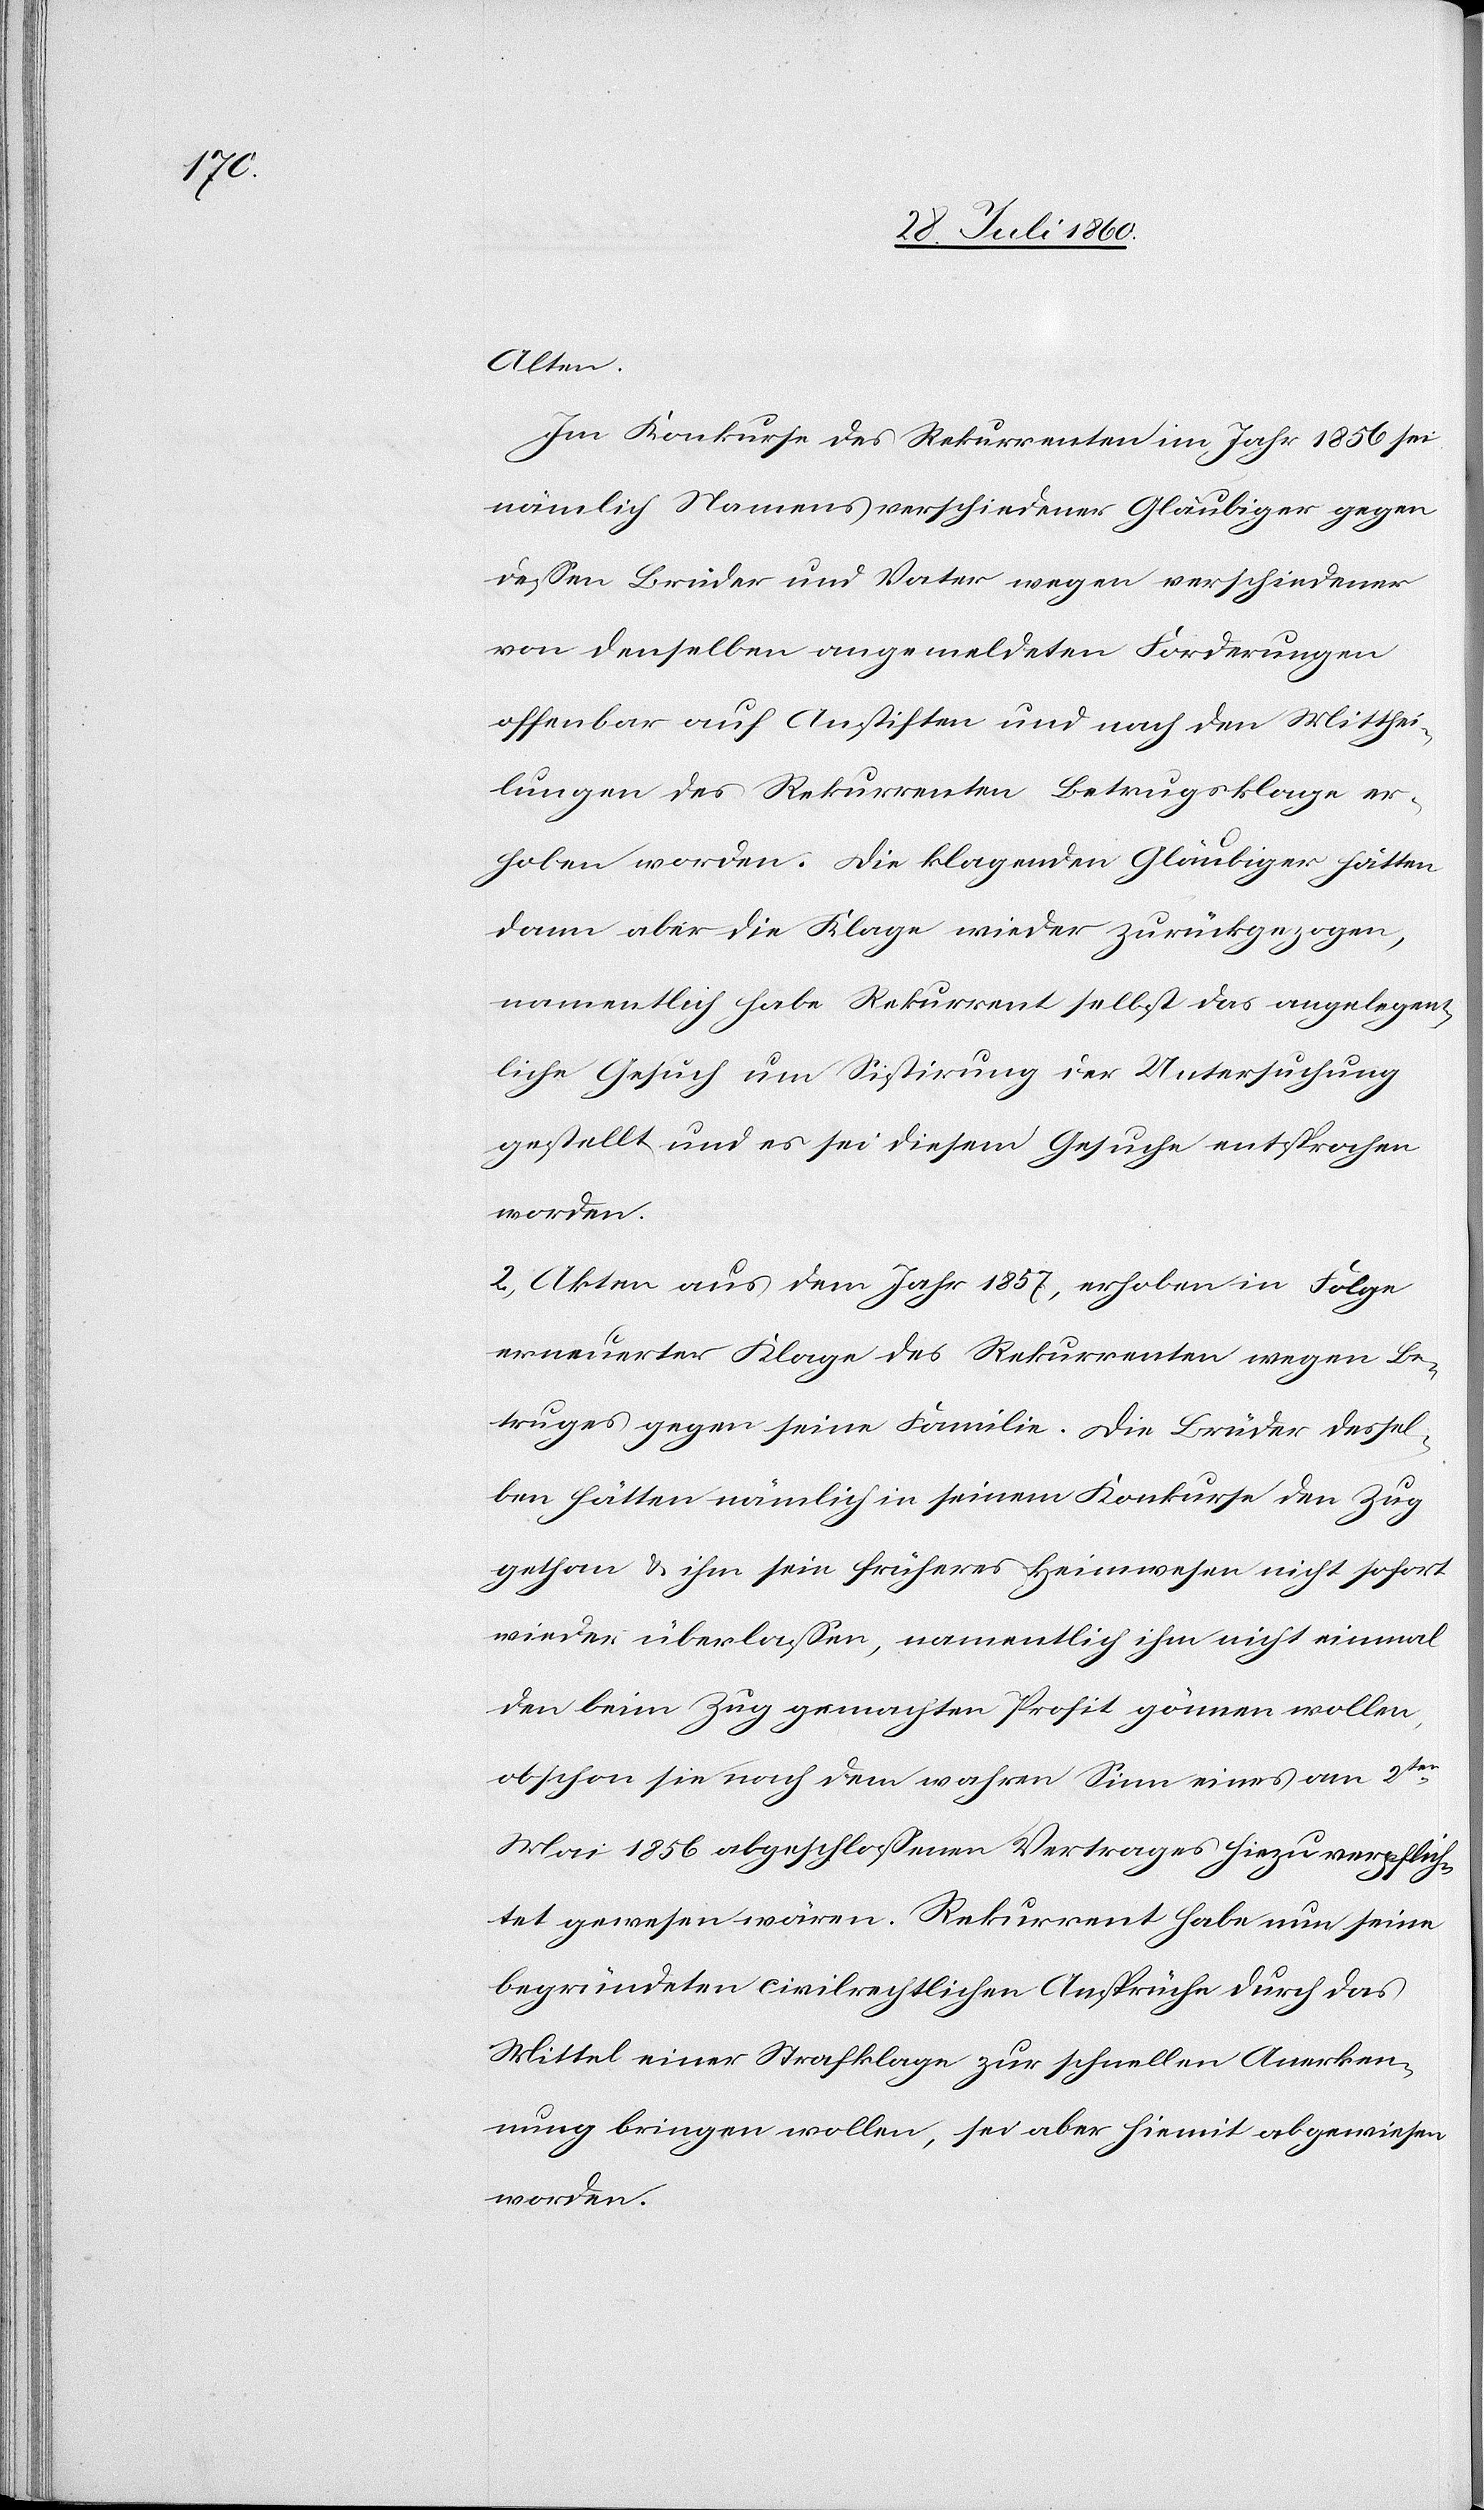
1.

Alten.
Im Konkurse des Rekurrenten im Jahr 1856 sei
nämlich Namens verschiedener Gläubiger gegen
dessen Brüder und Vater wegen verschiedener
von denselben angemeldeten Forderungen
offenbar auf Anstiften und nach den Mitthei¬
lungen des Rekurrenten Betrugsklage er¬
hoben worden. Die klagenden Gläubiger hätten
dann aber die Klage wieder zurückgezogen,
namentlich habe Rekurrent selbst das angelegent¬
liche Gesuch um Sistirung der Untersuchung
gestellt und es sei diesem Gesuche entsprochen
worden.
2. Akten aus dem Jahr 1857, erhoben in Folge
erneuerter Klage des Rekurrenten wegen Be¬
truges gegen seine Familie. Die Brüder dessel¬
ben hätten nämlich in seinem Konkurse, den Zug
gethan u. ihm sein früheres Heimwesen nicht sofort
wieder überlassen, namentlich ihm nicht einmal
den beim Zug gemachten Profit gönnen wollen,
obschon sie nach dem wahren Sinn eines am 2.
Mai 1856 abgeschlossenen Vertrages hiezu verpflich¬
tet gewesen wären. Rekurrent habe nun seine
begründeten civilrechtlichen Ansprüche durch das
Mittel einer Strafklage zur schnellen Anerken¬
nung bringen wollen, sei aber hiemit abgewiesen
worden,